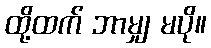
ထို့ထက် ဘာမျှ မပို။